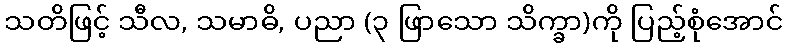
သတိဖြင့် သီလ, သမာဓိ, ပညာ (၃ ဖြာသော သိက္ခာ)ကို ပြည့်စုံအောင်